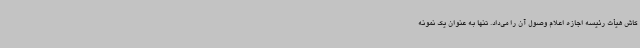
کاش هیأت رئیسه اجازه اعلام وصول آن را می‌داد. تنها به عنوان یک نمونه